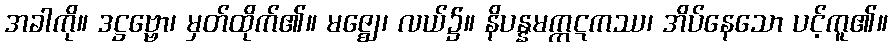
အခါကို။ ဒဋ္ဌဗ္ဗော၊ မှတ်ထိုက်၏။ မဇ္ဈေ၊ လယ်၌။ နိပန္နမက္ကဋကဿ၊ အိပ်နေသော ပင့်ကူ၏။